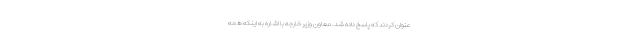
عنوان کردند که پاسخ داده شد. معاون وزیر خارجه با اشاره به اینکه همه